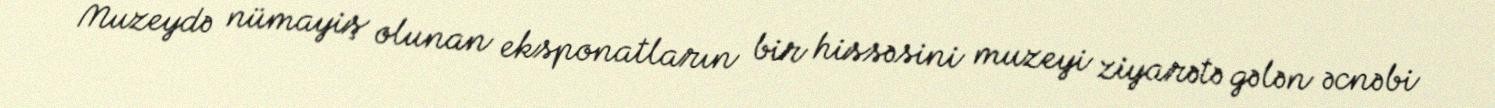
Muzeydə nümayiş olunan eksponatların bir hissəsini muzeyi ziyarətə gələn əcnəbi